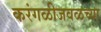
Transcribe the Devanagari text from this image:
करंगळीजवळच्या